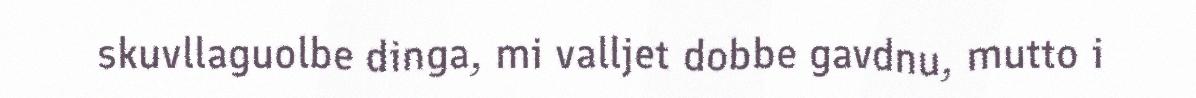
skuvllaguolbe dinga, mi valljet dobbe gavdnu, mutto i